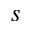
_ s